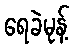
ရေခဲမုန့်